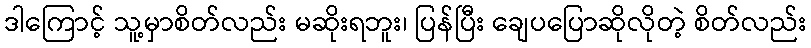
ဒါကြောင့် သူ့မှာစိတ်လည်း မဆိုးရဘူး၊ ပြန်ပြီး ချေပပြောဆိုလိုတဲ့ စိတ်လည်း